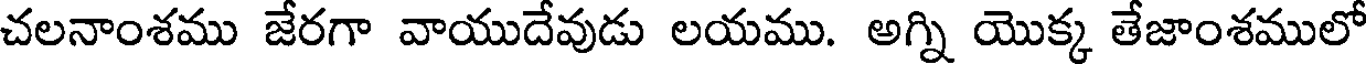
చలనాంశము జేరగా వాయుదేవుడు లయము. అగ్ని యొక్క తేజాంశములో